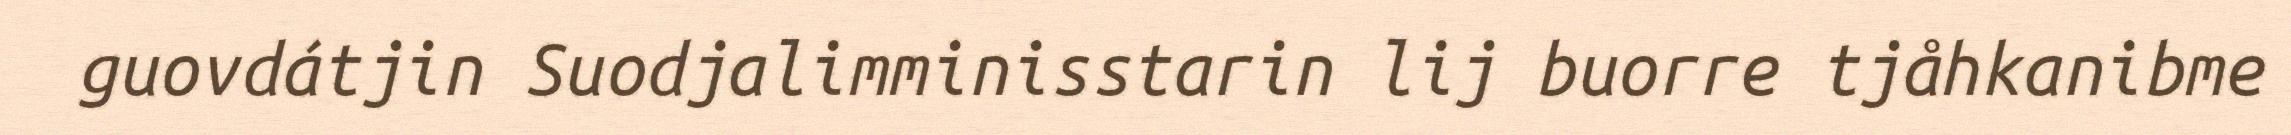
guovdátjin Suodjalimminisstarin lij buorre tjåhkanibme